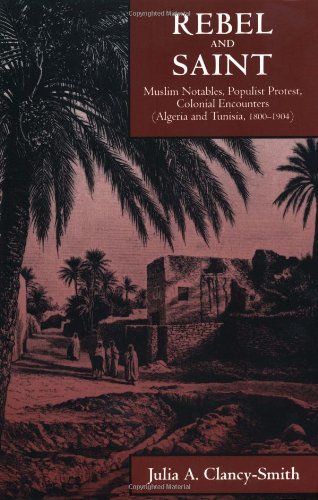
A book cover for Rebel and Saint: Muslim Notables, Populist Protest, Colonial Encounters (Algeria and Tunisia, 1800-1904) (Comparative Studies on Muslim Societies); Julia A. Clancy-Smith; History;